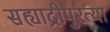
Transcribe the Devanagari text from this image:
सह्याद्रीपुरत्या